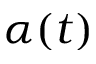
\alpha ( t )